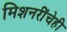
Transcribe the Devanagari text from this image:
मिशनरींचेही